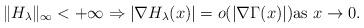
LaTeX: \begin{align*} \|H_{\lambda}\|_\infty<+\infty \Rightarrow |\nabla H_{\lambda}(x)| =o( |\nabla \Gamma(x)|) \hbox{as }x \to 0.\end{align*}